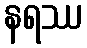
နရဿ